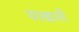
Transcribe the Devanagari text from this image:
याखाली